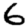
Digit: 6